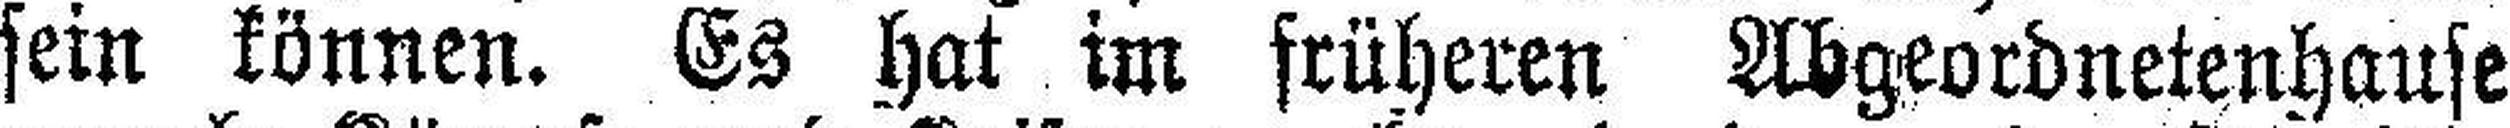
sein können. Es hat im früheren Abgeordnetenhause